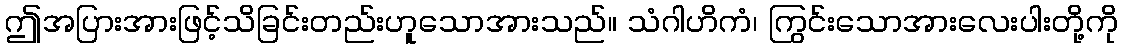
ဤအပြားအားဖြင့်သိခြင်းတည်းဟူသောအားသည်။ သံဂါဟိကံ၊ ကြွင်းသောအားလေးပါးတို့ကို